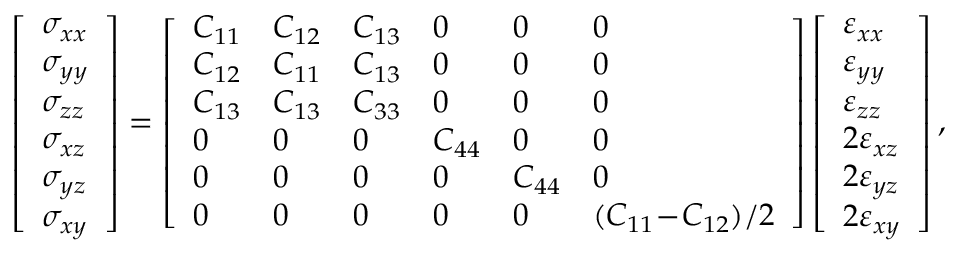
\left[ \begin{array} { l } { \sigma _ { x x } } \\ { \sigma _ { y y } } \\ { \sigma _ { z z } } \\ { \sigma _ { x z } } \\ { \sigma _ { y z } } \\ { \sigma _ { x y } } \end{array} \right] = \left[ \begin{array} { l l l l l l } { C _ { 1 1 } } & { C _ { 1 2 } } & { C _ { 1 3 } } & { 0 } & { 0 } & { 0 } \\ { C _ { 1 2 } } & { C _ { 1 1 } } & { C _ { 1 3 } } & { 0 } & { 0 } & { 0 } \\ { C _ { 1 3 } } & { C _ { 1 3 } } & { C _ { 3 3 } } & { 0 } & { 0 } & { 0 } \\ { 0 } & { 0 } & { 0 } & { C _ { 4 4 } } & { 0 } & { 0 } \\ { 0 } & { 0 } & { 0 } & { 0 } & { C _ { 4 4 } } & { 0 } \\ { 0 } & { 0 } & { 0 } & { 0 } & { 0 } & { ( C _ { 1 1 } \! - \! C _ { 1 2 } ) / 2 } \end{array} \right] \left[ \begin{array} { l } { \varepsilon _ { x x } } \\ { \varepsilon _ { y y } } \\ { \varepsilon _ { z z } } \\ { 2 \varepsilon _ { x z } } \\ { 2 \varepsilon _ { y z } } \\ { 2 \varepsilon _ { x y } } \end{array} \right] ,